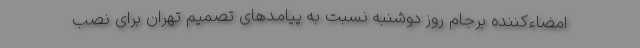
امضاءکننده برجام روز دوشنبه نسبت به پیامدهای تصمیم تهران برای نصب